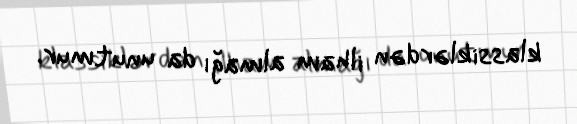
klassiklərdən ilham almağı da unutmur.